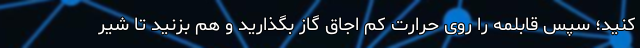
کنید؛ سپس قابلمه را روی حرارت کم اجاق گاز بگذارید و هم بزنید تا شیر